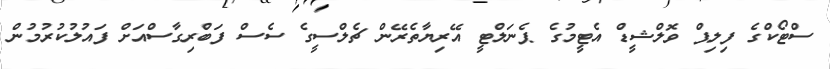
ސްޓޯކްގެ ފިލިޕް ވޮލްޝީޑް އެޓީމުގެ ޕެނަލްޓީ އޭރިޔާތެރޭން ޗެލްސީގެ ސެސް ފަބްރިގާސްއަށް ފައުލުކުރުމުން